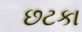
છટકા